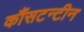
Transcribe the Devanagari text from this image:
कौंसटन्टीन